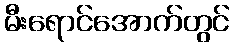
မီးရောင်အောက်တွင်